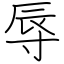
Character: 辱